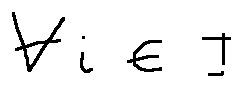
\forall i \in I